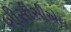
બીસીસીએલ